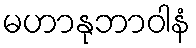
မဟာနုဘာဝါနံ